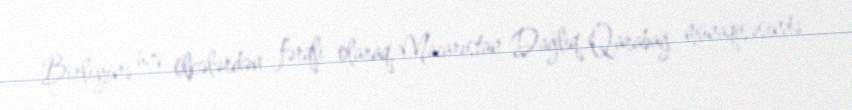
Birliyinə üzv ölkələrdən fərqli olaraq, Macarıstan Dağlıq Qarabağ münaqişəsində